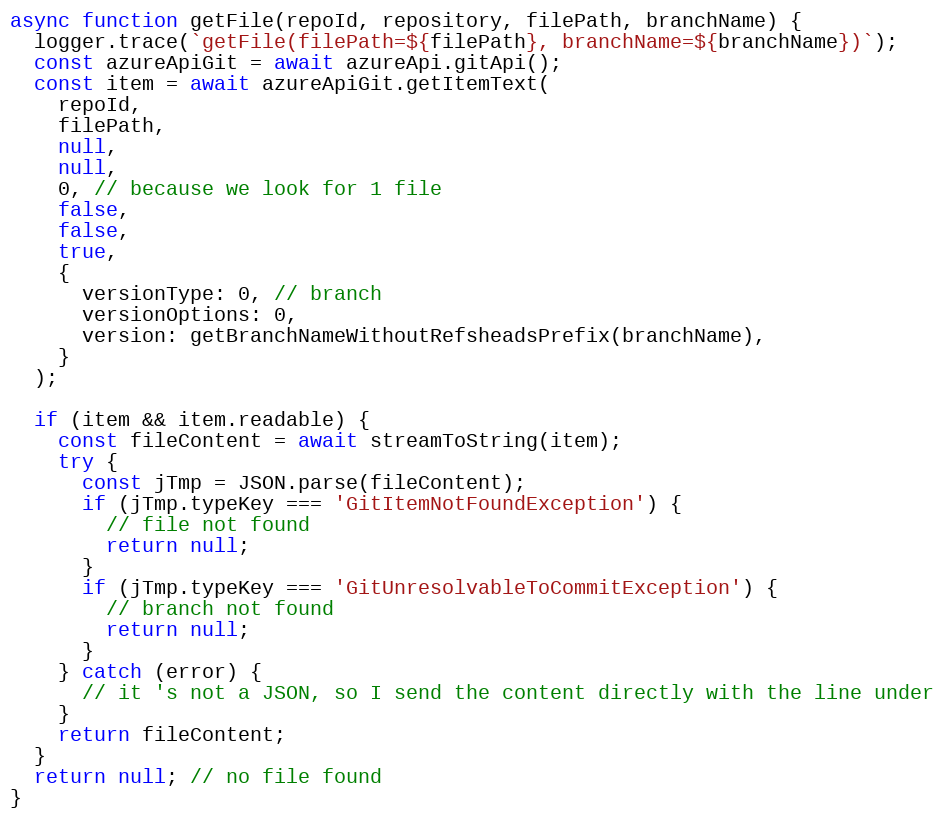
Language: JavaScript
async function getFile(repoId, repository, filePath, branchName) {
  logger.trace(`getFile(filePath=${filePath}, branchName=${branchName})`);
  const azureApiGit = await azureApi.gitApi();
  const item = await azureApiGit.getItemText(
    repoId,
    filePath,
    null,
    null,
    0, // because we look for 1 file
    false,
    false,
    true,
    {
      versionType: 0, // branch
      versionOptions: 0,
      version: getBranchNameWithoutRefsheadsPrefix(branchName),
    }
  );

  if (item && item.readable) {
    const fileContent = await streamToString(item);
    try {
      const jTmp = JSON.parse(fileContent);
      if (jTmp.typeKey === 'GitItemNotFoundException') {
        // file not found
        return null;
      }
      if (jTmp.typeKey === 'GitUnresolvableToCommitException') {
        // branch not found
        return null;
      }
    } catch (error) {
      // it 's not a JSON, so I send the content directly with the line under
    }
    return fileContent;
  }
  return null; // no file found
}